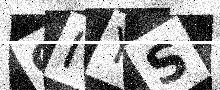
Text: CIYS